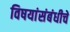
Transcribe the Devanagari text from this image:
विषयांसंबंधीचे